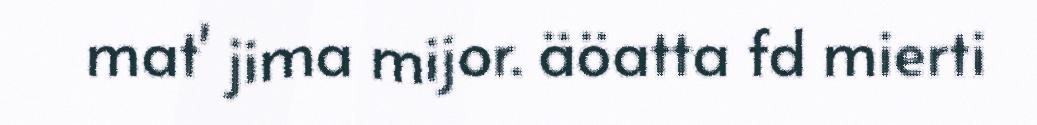
mat' jima mijor. äöatta fd mierti